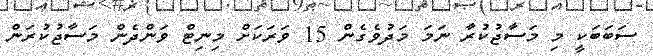
ސަބަބަކީ މި މަސާޖުކުރާ ނަމަ މަދުވެގެން 15 ވަރަކަށް މިނިޓް ވަންދެން މަސާޖުކުރަން